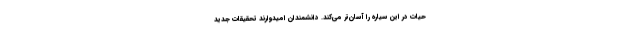
حیات در این سیاره را آسان‌تر می‌کند. دانشمندان امیدوارند تحقیقات جدید